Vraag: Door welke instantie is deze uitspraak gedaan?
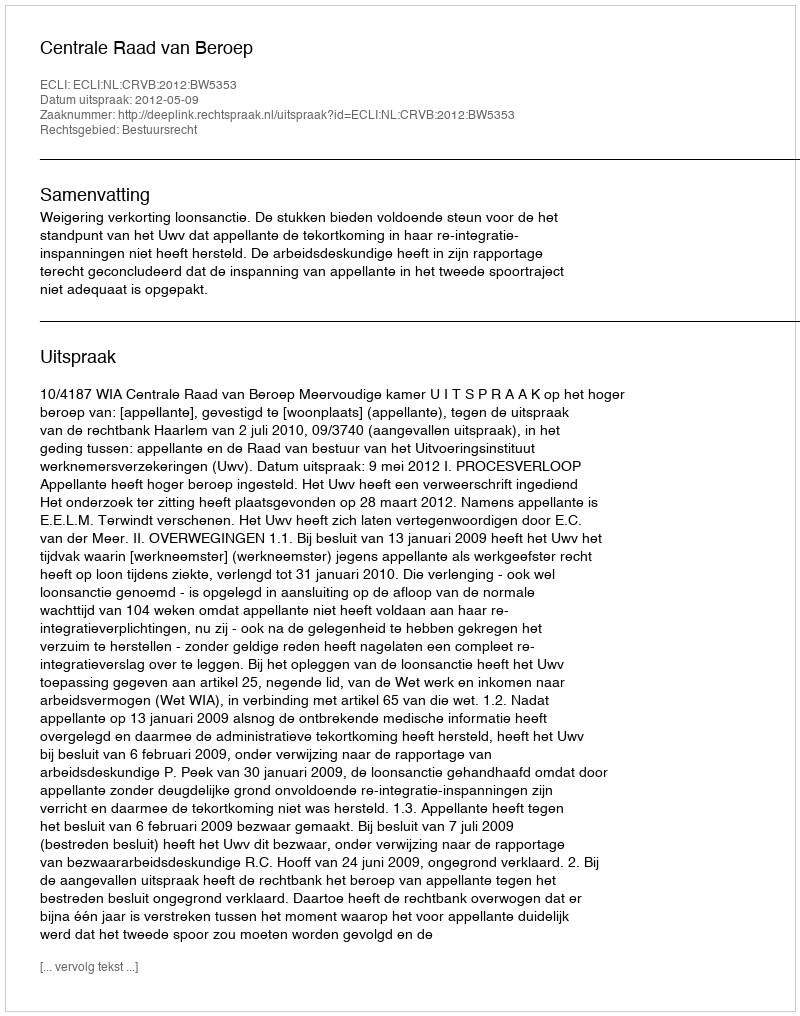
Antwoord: Centrale Raad van Beroep